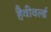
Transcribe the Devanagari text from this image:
हैवीवर्ल्ड